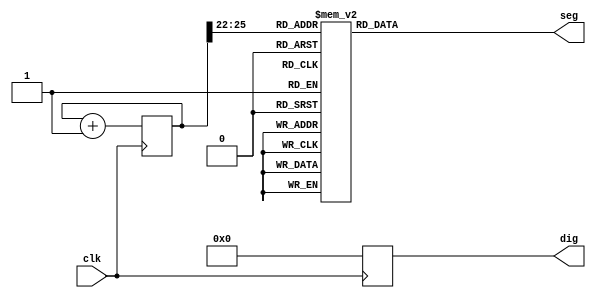
module SLed(seg,dig,clk);

input clk;
output[7:0] seg;
output[3:0] dig;

reg [7:0] seg;
reg [3:0] dig;
reg [3:0] disp_dat;

reg [36:0] count;

always@(posedge clk)
begin
	count = count + 1'b1;
	dig = 4'b000;
end

always @ (count[21])
begin
disp_dat = {count[25:22]};
end

always @ (disp_dat)
begin case (disp_dat)
	4'h0 : seg = 8'hc0; //"0"
	4'h1 : seg = 8'hf9; //"1"
	4'h2 : seg = 8'ha4; //"2"
	4'h3 : seg = 8'hb0; //"3"
	4'h4 : seg = 8'h99; //"4"
	4'h5 : seg = 8'h92; //"5"
	4'h6 : seg = 8'h82; //"6"
	4'h7 : seg = 8'hf8; //"7"
	4'h8 : seg = 8'h80; //"8"
	4'h9 : seg = 8'h90; //"9"
	4'ha : seg = 8'h88; //"a"
	4'hb : seg = 8'h83; //"b"
	4'hc : seg = 8'hc6; //"c"
	4'hd : seg = 8'ha1; //"d"
	4'he : seg = 8'h86; //"e"
	4'hf : seg = 8'h8e; //"f"
endcase
end




endmodule